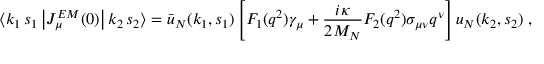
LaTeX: \langle k _ { 1 } \, s _ { 1 } \left| J _ { \mu } ^ { E M } ( 0 ) \right| k _ { 2 } \, s _ { 2 } \rangle = \bar { u } _ { N } ( k _ { 1 } , s _ { 1 } ) \left[ F _ { 1 } ( q ^ { 2 } ) \gamma _ { \mu } + \frac { i \kappa } { 2 M _ { N } } F _ { 2 } ( q ^ { 2 } ) \sigma _ { \mu \nu } q ^ { \nu } \right] u _ { N } ( k _ { 2 } , s _ { 2 } ) \; ,